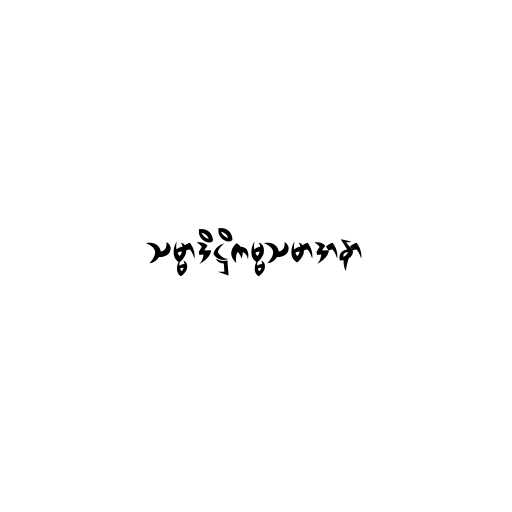
သမ္မာဒိဋ္ဌိကမ္မသမာဒာနာ